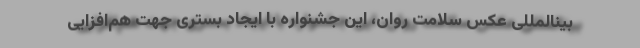
بینالمللی عکس سلامت روان، این جشنواره با ایجاد بستری جهت هم‌افزایی